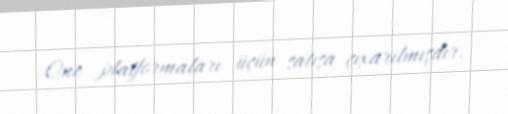
One platformaları üçün satışa çıxarılmışdır.